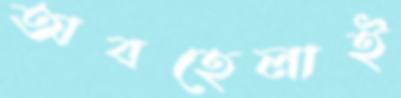
অবহেলাই